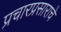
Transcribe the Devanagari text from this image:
प्रचारप्रसाराचे